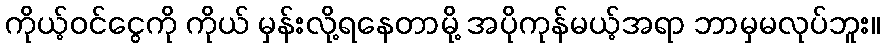
ကိုယ့်ဝင်ငွေကို ကိုယ် မှန်းလို့ရနေတာမို့ အပိုကုန်မယ့်အရာ ဘာမှမလုပ်ဘူး။